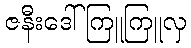
ဇနီးဒေါ်ကြူကြူလှ